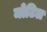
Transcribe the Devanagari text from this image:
मोटिल